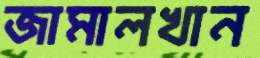
জামালখান